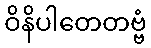
ဝိနိပါတေတဗ္ဗံ